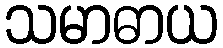
သမာဓာယ